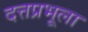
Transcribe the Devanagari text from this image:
दत्तप्रभूला